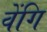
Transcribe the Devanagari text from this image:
वेंगि